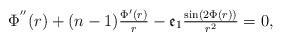
LaTeX: \begin{align*}\Phi^{''}(r)+(n-1)\tfrac{\Phi'(r)}{r}-\mathfrak{e}_1\tfrac{\sin(2\Phi(r))}{r^2}=0,\end{align*}